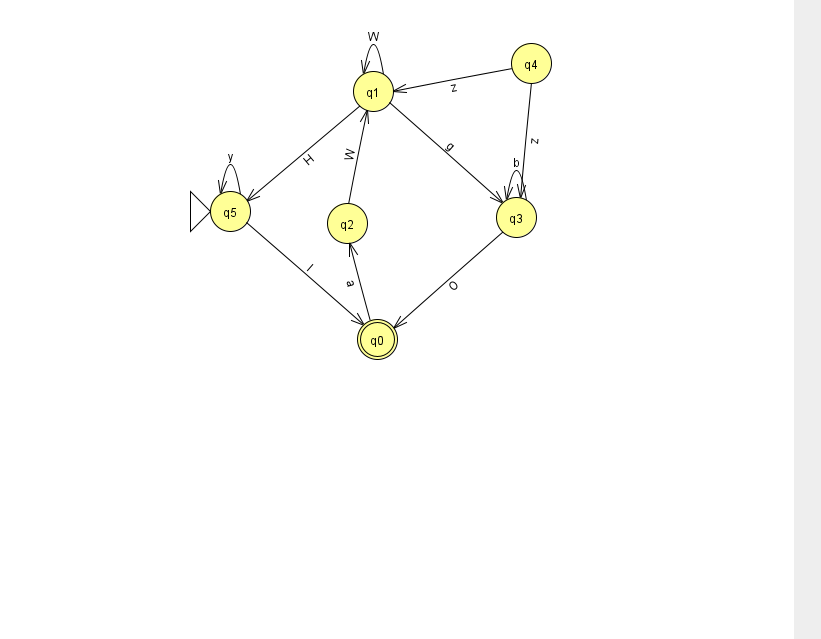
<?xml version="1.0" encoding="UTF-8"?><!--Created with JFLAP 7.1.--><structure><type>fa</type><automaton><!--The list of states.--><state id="0" name="q0"><x>377.0</x><y>326.0</y><final/></state><state id="1" name="q1"><x>373.0</x><y>78.0</y></state><state id="2" name="q2"><x>347.0</x><y>210.0</y></state><state id="3" name="q3"><x>516.0</x><y>204.0</y></state><state id="4" name="q4"><x>531.0</x><y>50.0</y></state><state id="5" name="q5"><x>230.0</x><y>198.0</y><initial/></state><!--The list of transitions.--><transition><from>3</from><to>0</to><read>O</read></transition><transition><from>3</from><to>3</to><read>b</read></transition><transition><from>1</from><to>5</to><read>H</read></transition><transition><from>1</from><to>3</to><read>g</read></transition><transition><from>1</from><to>1</to><read>W</read></transition><transition><from>2</from><to>1</to><read>W</read></transition><transition><from>5</from><to>5</to><read>y</read></transition><transition><from>5</from><to>0</to><read>I</read></transition><transition><from>4</from><to>3</to><read>z</read></transition><transition><from>4</from><to>1</to><read>z</read></transition><transition><from>0</from><to>2</to><read>a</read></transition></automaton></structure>